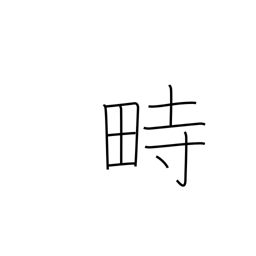
Meaning: festival grounds